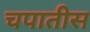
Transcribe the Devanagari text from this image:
चपातीस